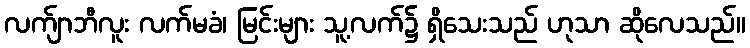
လက်ျာဘီလူး လက်မခံ၊ မြင်းများ သူ့လက်၌ ရှိသေးသည် ဟုသာ ဆိုလေသည်။